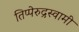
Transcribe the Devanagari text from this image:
तिप्पेरुद्रस्वामी